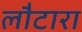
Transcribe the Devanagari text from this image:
लौटारा